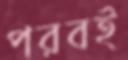
পরবই